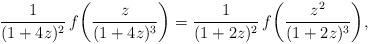
LaTeX: \begin{align*}\frac1{(1+4z)^2}\,f\biggl(\frac z{(1+4z)^3}\biggr)=\frac1{(1+2z)^2}\,f\biggl(\frac{z^2}{(1+2z)^3}\biggr),\end{align*}